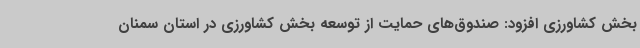
بخش کشاورزی افزود: صندوق‌های حمایت از توسعه بخش کشاورزی در استان سمنان